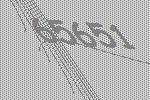
65651